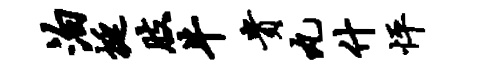
泊挺肢牛贵丸什怦